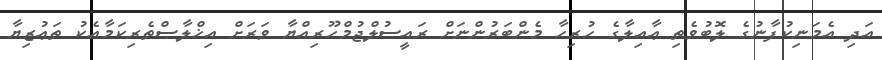
އަދި އެމަނިކުފާނުގެ ލޮބުވެތި ޢާއިލާގެ ހުރިހާ މެންބަރުންނަށް ރައީސުލްޖުމްހޫރިއްޔާ ވަރަށް އިޚްލާޞްތެރިކަމާއެކު ތަޢުޒިޔާ